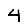
Digit: 4